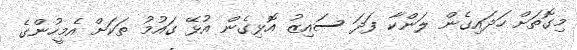
މިގޮތަށް ހަދައިގެން ލަންކާ ފަދަ ސައިޒު އޮޅިގެން އުޅޭ ގައުމު ތަކަށް އެމީހުންގެ